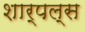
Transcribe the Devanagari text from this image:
शार्पल्स